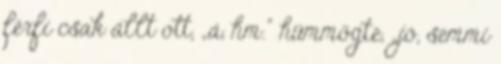
férfi csak állt ott, „á, hm.” hümmögte, „jó, semmi